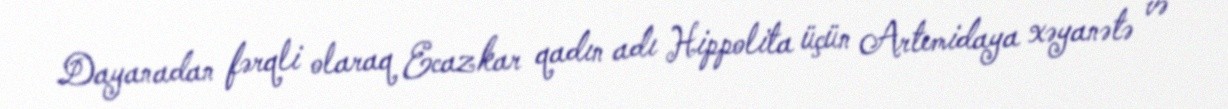
Dayanadan fərqli olaraq Ecazkar qadın adı Hippolita üçün Artemidaya xəyanətə və